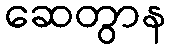
ဆေတွာန